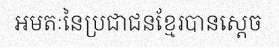
អមតៈនៃប្រជាជនខ្មែរបានស្តេច